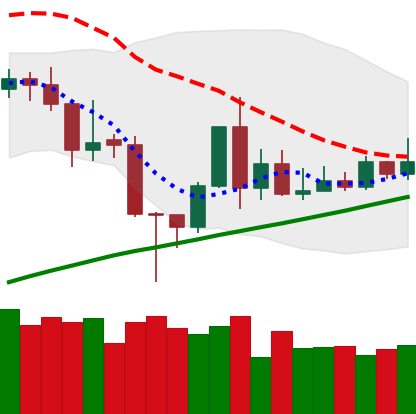
Ticker: TRX-USD
Chart end date: 2020-11-15
Forward return: 3.389%
Label: up_3_5